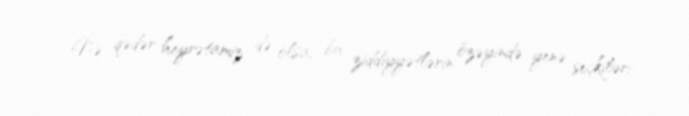
Nə qədər heyrətamiz də olsa, bu ziddiyyətlərin özəyində yenə seçkiləri